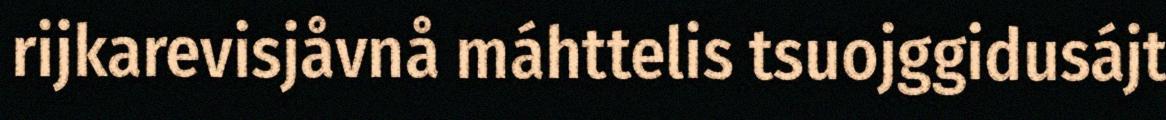
rijkarevisjåvnå máhttelis tsuojggidusájt